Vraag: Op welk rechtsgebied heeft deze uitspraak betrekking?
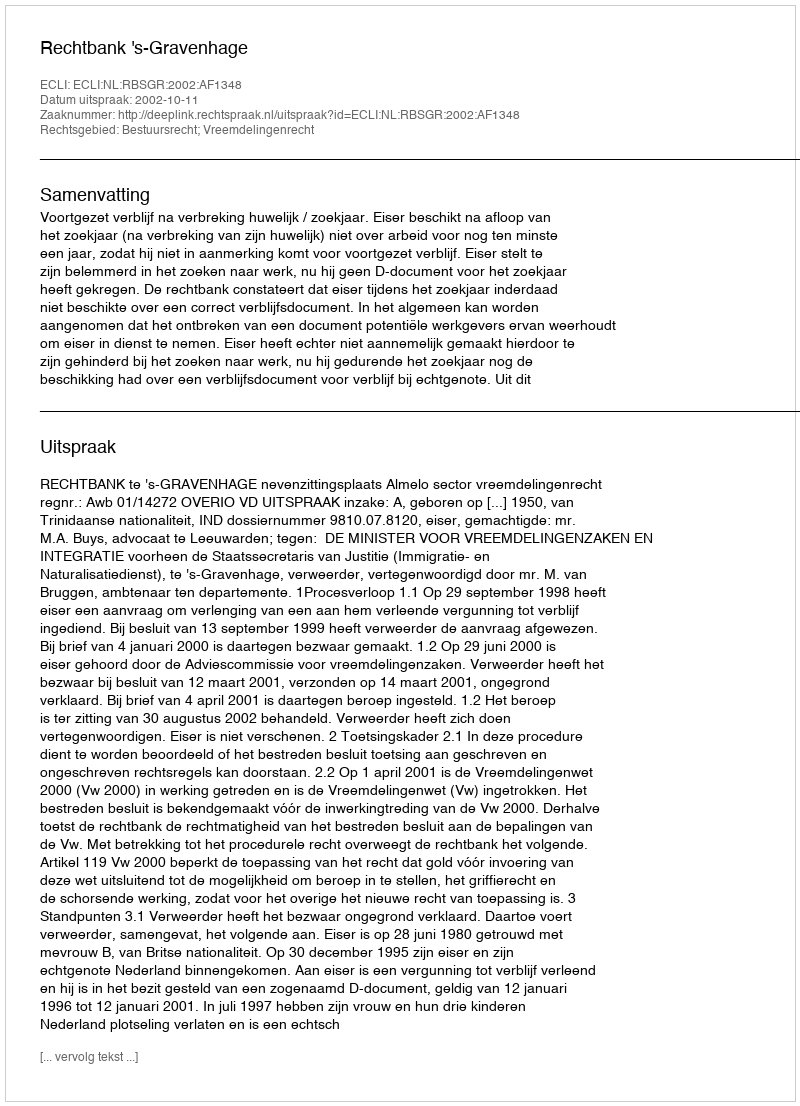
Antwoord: Bestuursrecht; Vreemdelingenrecht